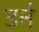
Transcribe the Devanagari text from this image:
उर्न